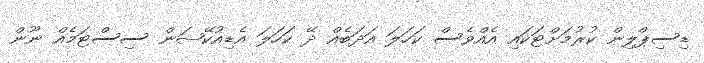
ޑިސިޕްލިން ކުރުމަށްޓަކައި އެއްވެސް ކަހަލަ އަދަބެއް ދޭ ކަހަލަ އެޑިއުކޭޝަން ސިސްޓަމެއް ނޫން